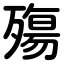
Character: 殤